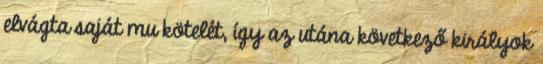
elvágta saját mu kötelét, így az utána következő királyok